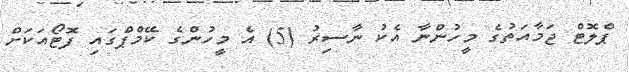
ޕްލޮޓް ޖަމާއަތުގެ މީހުންނާ އެކު ނާސިރު (5) އެ މީހުންގެ ކޭމްޕްގައި ފޮޓޯއަކަށް